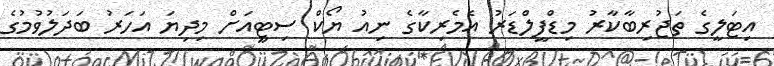
އިޓަލީގެ ތަޖުރިބާކާރު މިޑްފީލްޑަރު އެމެރިކާގެ ނިއު ޔޯކް ސިޓީއަށް މިދިޔަ އަހަރު ބަދަލުވުމުގެ